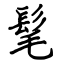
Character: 髦